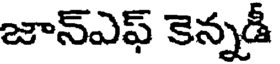
జాన్ఎఫ్ కెన్నడీ